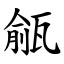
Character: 㼶